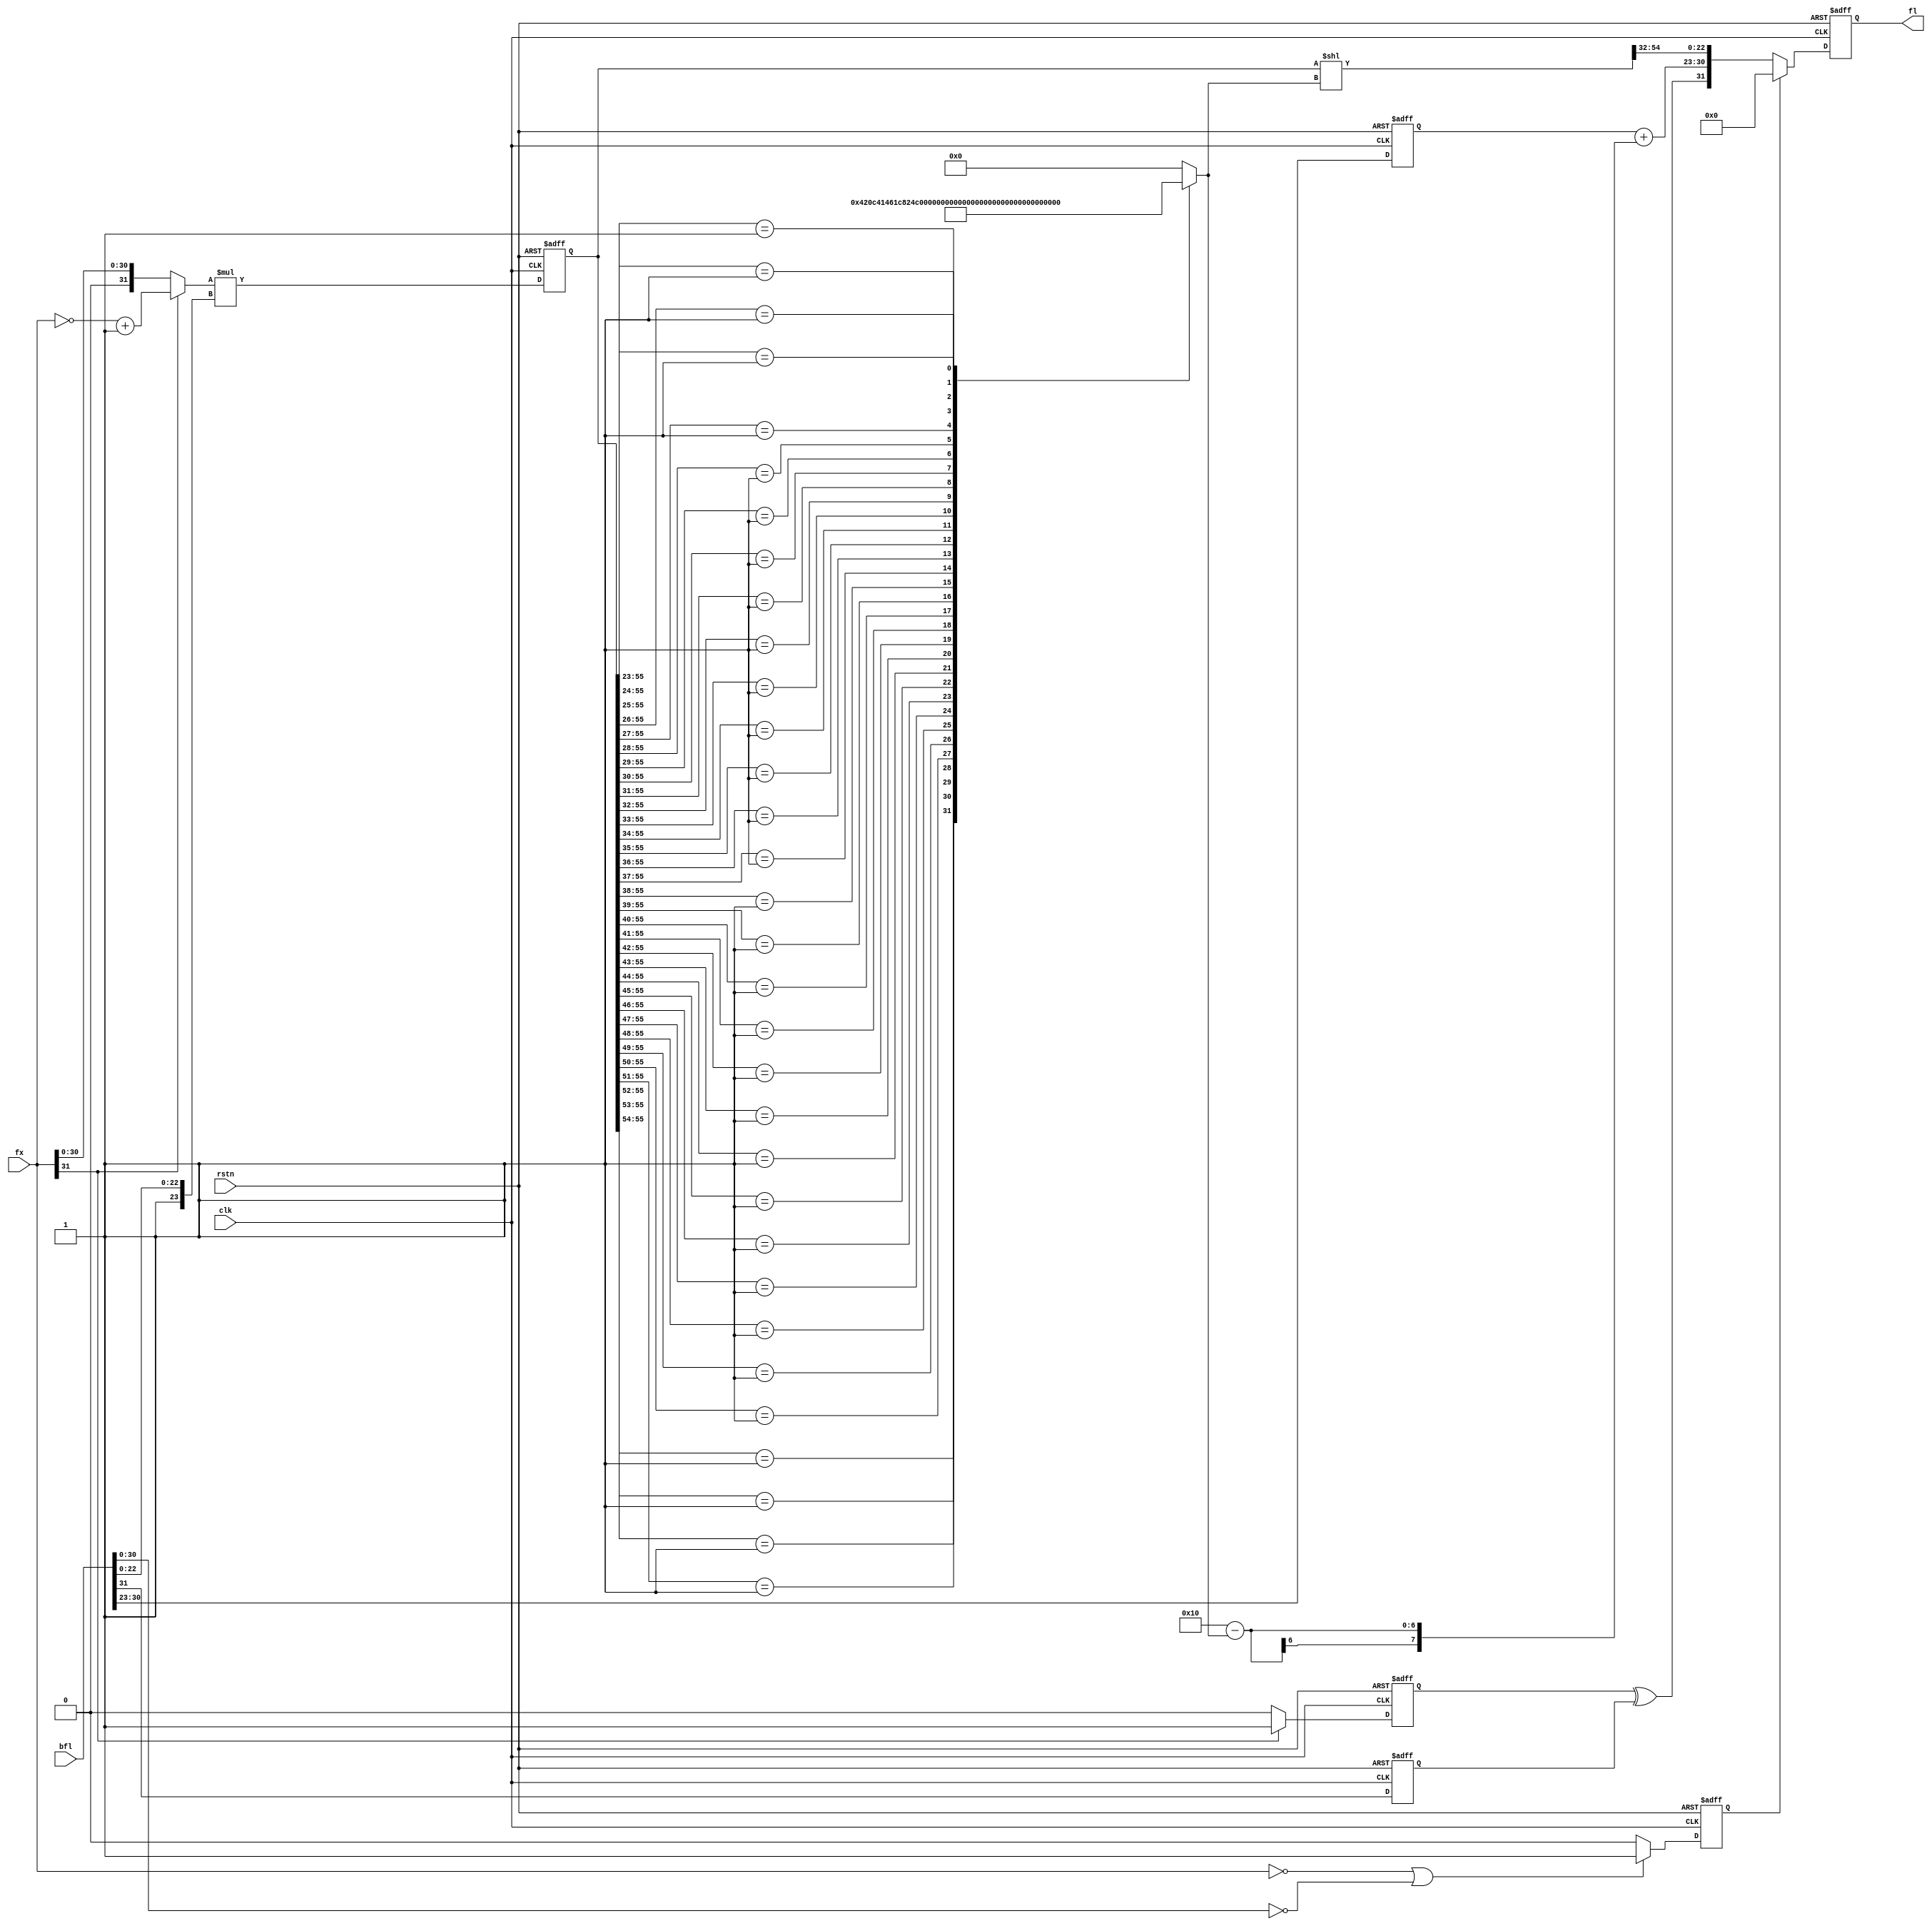
module flt_fx1616_mult
	(
	input	     	clk,
	input	     	rstn,
	input	[31:0]	fx,
	input	[31:0]	bfl,
	output	reg [31:0]	fl
	);
reg		sfx;		
reg	[31:0]	afx;		
reg	[5:0]	nom_shft_1;	
reg	[55:0]	mfl_1;		
reg	[55:0]	nmfl_1;		
reg		sfx_1;
reg		sbfl_1;
reg	[7:0]	efl_1;		
reg	[7:0]	ebfl_1;		
reg		sfl_1;		
reg		result0;
reg		result0_1;
always @* 
        begin
                if(fx[31]) begin
                                sfx = 1;
                                afx = ~fx + 1;
                end else begin
                                sfx = 0;
                                afx = fx;
                end
		if((fx==0) || (bfl[30:0]==0))result0 = 1;
		else result0 = 0;
        end
always @(posedge clk, negedge rstn) begin
	if(!rstn) begin
		mfl_1     <= 56'h0;
        	sfx_1     <= 1'b0;
		sbfl_1    <= 1'b0;
		ebfl_1    <= 8'h0;
		result0_1 <= 1'b0;
	end else begin
		mfl_1     <= afx * {1'b1,bfl[22:0]};
        	sfx_1     <= sfx;
		sbfl_1    <= bfl[31];
		ebfl_1    <= bfl[30:23];
		result0_1 <= result0;
	end
end
always @* begin
		casex(mfl_1[55:23]) 
		33'b1xxxxxxxxxxxxxxxxxxxxxxxxxxxxxxxx: nom_shft_1=6'd0;
		33'b01xxxxxxxxxxxxxxxxxxxxxxxxxxxxxxx: nom_shft_1=6'd1;
		33'b001xxxxxxxxxxxxxxxxxxxxxxxxxxxxxx: nom_shft_1=6'd2;
		33'b0001xxxxxxxxxxxxxxxxxxxxxxxxxxxxx: nom_shft_1=6'd3;
		33'b00001xxxxxxxxxxxxxxxxxxxxxxxxxxxx: nom_shft_1=6'd4;
		33'b000001xxxxxxxxxxxxxxxxxxxxxxxxxxx: nom_shft_1=6'd5;
		33'b0000001xxxxxxxxxxxxxxxxxxxxxxxxxx: nom_shft_1=6'd6;
		33'b00000001xxxxxxxxxxxxxxxxxxxxxxxxx: nom_shft_1=6'd7;
		33'b000000001xxxxxxxxxxxxxxxxxxxxxxxx: nom_shft_1=6'd8;
		33'b0000000001xxxxxxxxxxxxxxxxxxxxxxx: nom_shft_1=6'd9;
		33'b00000000001xxxxxxxxxxxxxxxxxxxxxx: nom_shft_1=6'd10;
		33'b000000000001xxxxxxxxxxxxxxxxxxxxx: nom_shft_1=6'd11;
		33'b0000000000001xxxxxxxxxxxxxxxxxxxx: nom_shft_1=6'd12;
		33'b00000000000001xxxxxxxxxxxxxxxxxxx: nom_shft_1=6'd13;
		33'b000000000000001xxxxxxxxxxxxxxxxxx: nom_shft_1=6'd14;
		33'b0000000000000001xxxxxxxxxxxxxxxxx: nom_shft_1=6'd15;
		33'b00000000000000001xxxxxxxxxxxxxxxx: nom_shft_1=6'd16;
		33'b000000000000000001xxxxxxxxxxxxxxx: nom_shft_1=6'd17;
		33'b0000000000000000001xxxxxxxxxxxxxx: nom_shft_1=6'd18;
		33'b00000000000000000001xxxxxxxxxxxxx: nom_shft_1=6'd19;
		33'b000000000000000000001xxxxxxxxxxxx: nom_shft_1=6'd20;
		33'b0000000000000000000001xxxxxxxxxxx: nom_shft_1=6'd21;
		33'b00000000000000000000001xxxxxxxxxx: nom_shft_1=6'd22;
		33'b000000000000000000000001xxxxxxxxx: nom_shft_1=6'd23;
		33'b0000000000000000000000001xxxxxxxx: nom_shft_1=6'd24;
		33'b00000000000000000000000001xxxxxxx: nom_shft_1=6'd25;
		33'b000000000000000000000000001xxxxxx: nom_shft_1=6'd26;
		33'b0000000000000000000000000001xxxxx: nom_shft_1=6'd27;
		33'b00000000000000000000000000001xxxx: nom_shft_1=6'd28;
		33'b000000000000000000000000000001xxx: nom_shft_1=6'd29;
		33'b0000000000000000000000000000001xx: nom_shft_1=6'd30;
		33'b00000000000000000000000000000001x: nom_shft_1=6'd31;
		33'b000000000000000000000000000000001: nom_shft_1=6'd32;
		default: nom_shft_1=0;
		endcase
	end
always @* sfl_1 = sfx_1 ^ sbfl_1;
always @* efl_1 = ebfl_1 + (8'h10 - nom_shft_1);
always @* nmfl_1 = mfl_1 << nom_shft_1;
always @(posedge clk, negedge rstn)	
	begin
		if(!rstn) fl <= 32'h0;
		else if(result0_1) fl <= 32'h0;
		else fl <= {sfl_1,efl_1,nmfl_1[54:32]};
	end
endmodule